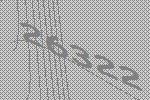
26322